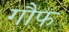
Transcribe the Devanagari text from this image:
गौफ